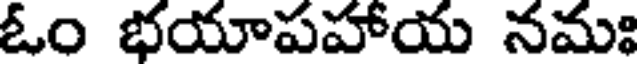
ఓం భయాపహాయ నమః